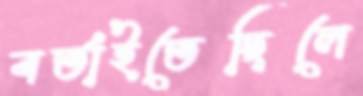
বর্তাইতেছিলে